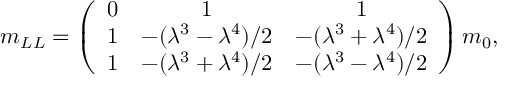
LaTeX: m _ { L L } = \left( \begin{array} { c c c } { { 0 } } & { { 1 } } & { { 1 } } \\ { { 1 } } & { { - ( \lambda ^ { 3 } - \lambda ^ { 4 } ) / 2 } } & { { - ( \lambda ^ { 3 } + \lambda ^ { 4 } ) / 2 } } \\ { { 1 } } & { { - ( \lambda ^ { 3 } + \lambda ^ { 4 } ) / 2 } } & { { - ( \lambda ^ { 3 } - \lambda ^ { 4 } ) / 2 } } \end{array} \right) m _ { 0 } ,